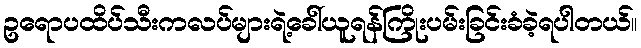
ဥရောပထိပ်သီးကလပ်များရဲ့ခေါ်ယူရန်ကြိုးပမ်းခြင်းခံခဲ့ရပါတယ်။